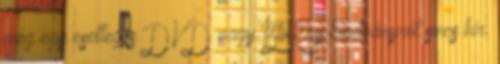
még egy esetleges DVD vagy BluRay kiadványról sincs hír.